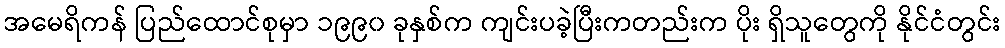
အမေရိကန် ပြည်ထောင်စုမှာ ၁၉၉၀ ခုနှစ်က ကျင်းပခဲ့ပြီးကတည်းက ပိုး ရှိသူတွေကို နိုင်ငံတွင်း